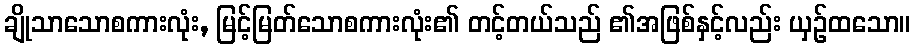
ချိုသာသောစကားလုံး, မြင့်မြတ်သောစကားလုံး၏ တင့်တယ်သည် ၏အဖြစ်နှင့်လည်း ယှဉ်ထသော။